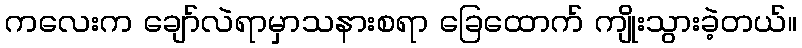
ကလေးက ချော်လဲရာမှာသနားစရာ ခြေထောက် ကျိုးသွားခဲ့တယ်။